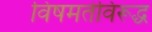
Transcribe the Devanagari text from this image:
विषमतेविरूद्ध